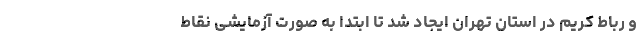
و رباط کریم در استان تهران ایجاد شد تا ابتدا به صورت آزمایشی نقاط